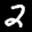
Label: 2